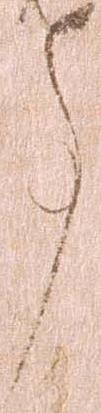
事